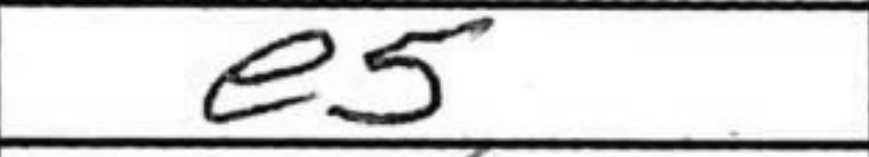
Transcription: e5